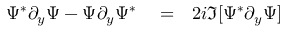
\begin{array} { r l r } { \Psi ^ { * } \partial _ { y } \Psi - \Psi \partial _ { y } \Psi ^ { * } } & { { } = } & { 2 i \Im [ \Psi ^ { * } \partial _ { y } \Psi ] } \end{array}